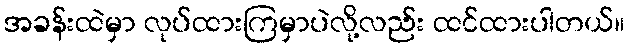
အခန်းထဲမှာ လုပ်ထားကြမှာပဲလို့လည်း ထင်ထားပါတယ်။